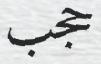
حجب